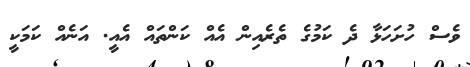
ވެސް ހުށަހަޅާ ދެ ކަމުގެ ތެރެއިން އެއް ކަންތައް އެއީ. އަނެއް ކަމަކީ